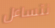
نتساءل